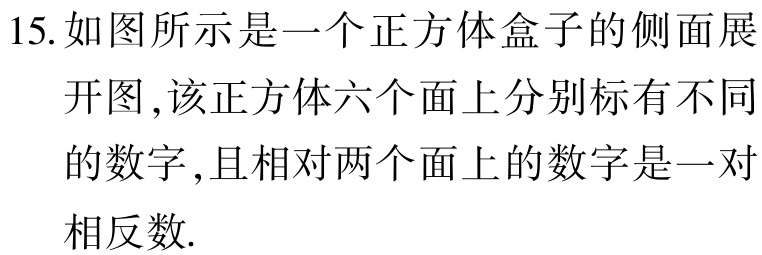
15. 如图所示是一个正方体盒子的侧面展

开图,该正方体六个面上分别标有不同

的数字,且相对两个面上的数字是一对

相反数.